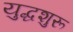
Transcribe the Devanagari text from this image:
युद्धशुरू